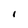
Character: I